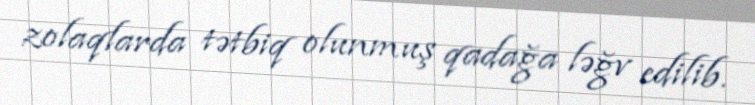
zolaqlarda tətbiq olunmuş qadağa ləğv edilib.